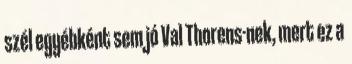
szél egyébként sem jó Val Thorens-nek, mert ez a